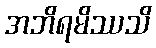
အဘိရမိဿသိ